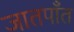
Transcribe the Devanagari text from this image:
जातपाँत